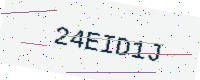
Text: 24EID1J